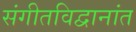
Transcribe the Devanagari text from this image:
संगीतविद्वानांत